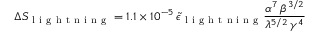
\Delta S _ { \mathrm { ~ l ~ i ~ g ~ h ~ t ~ n ~ i ~ n ~ g ~ } } = 1 . 1 \times 1 0 ^ { - 5 } \, \tilde { \epsilon } _ { \mathrm { ~ l ~ i ~ g ~ h ~ t ~ n ~ i ~ n ~ g ~ } } \frac { \alpha ^ { 7 } \, \beta ^ { 3 / 2 } } { \lambda ^ { 5 / 2 } \, \gamma ^ { 4 } }